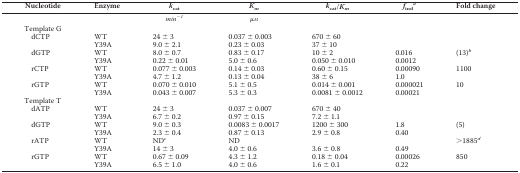
| Nucleotide | Enzyme | kcat | Km | kcat/Km | finda | Fold change |
 | --- | --- | --- | --- | --- | --- | --- |
 |  |  | min−1 | μm |  |  |  |
 | Template G |  |  |  |  |  |  |
 | dCTP | WT | 24 ± 3 | 0.037 ± 0.003 | 670 ± 60 |  |  |
 |  | Y39A | 9.0 ± 2.1 | 0.23 ± 0.03 | 37 ± 10 |  |  |
 | dGTP | WT | 8.0 ± 0.7 | 0.83 ± 0.17 | 10 ± 2 | 0.016 | (13)b |
 |  | Y39A | 0.22 ± 0.01 | 5.0 ± 0.6 | 0.050 ± 0.010 | 0.0012 |  |
 | rCTP | WT | 0.077 ± 0.003 | 0.14 ± 0.03 | 0.60 ± 0.15 | 0.00090 | 1100 |
 |  | Y39A | 4.7 ± 1.2 | 0.13 ± 0.04 | 38 ± 6 | 1.0 |  |
 | rGTP | WT | 0.070 ± 0.010 | 5.1 ± 0.5 | 0.014 ± 0.001 | 0.000021 | 10 |
 |  | Y39A | 0.043 ± 0.007 | 5.3 ± 0.3 | 0.0081 ± 0.0012 | 0.00021 |  |
 | Template T |  |  |  |  |  |  |
 | dATP | WT | 24 ± 3 | 0.037 ± 0.007 | 670 ± 40 |  |  |
 |  | Y39A | 6.7 ± 0.2 | 0.97 ± 0.15 | 7.2 ± 1.1 |  |  |
 | dGTP | WT | 9.0 ± 0.3 | 0.0083 ± 0.0017 | 1200 ± 300 | 1.8 | (5) |
 |  | Y39A | 2.3 ± 0.4 | 0.87 ± 0.13 | 2.9 ± 0.8 | 0.40 |  |
 | rATP | WT | NDc | ND |  |  | >1885d |
 |  | Y39A | 14 ± 3 | 4.0 ± 0.6 | 3.6 ± 0.8 | 0.49 |  |
 | rGTP | WT | 0.67 ± 0.09 | 4.3 ± 1.2 | 0.18 ± 0.04 | 0.00026 | 850 |
 |  | Y39A | 6.5 ± 1.0 | 4.0 ± 0.6 | 1.6 ± 0.1 | 0.22 |  |